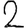
Digit: 2